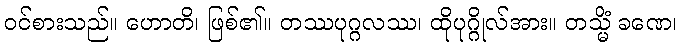
ဝင်စားသည်။ ဟောတိ၊ ဖြစ်၏။ တဿပုဂ္ဂလဿ၊ ထိုပုဂ္ဂိုလ်အား။ တသ္မိံ ခဏေ၊